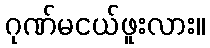
ဂုဏ်မငယ်ဖူးလား။